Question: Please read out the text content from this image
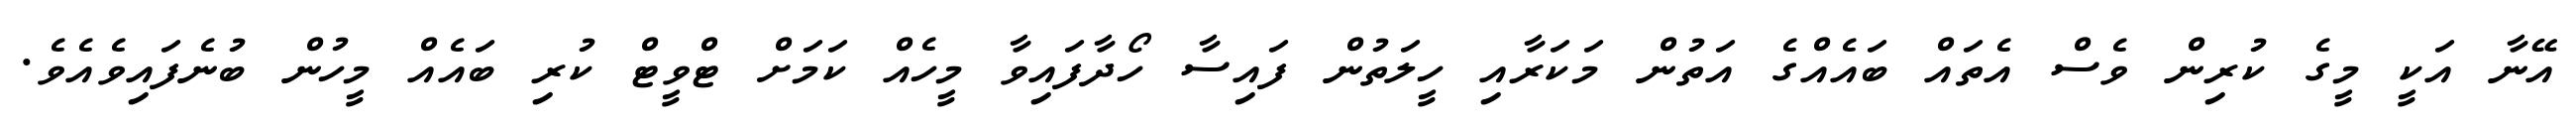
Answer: އޭނާ އަކީ މީގެ ކުރިން ވެސް އެތައް ބައެއްގެ އަތުން މަކަރާއި ހީލަތުން ފައިސާ ހޯދާފައިވާ މީހެއް ކަމަށް ޓްވީޓް ކުރި ބައެއް މީހުން ބުނެފައިވެއެވެ.